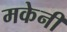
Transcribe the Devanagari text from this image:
मकेनी